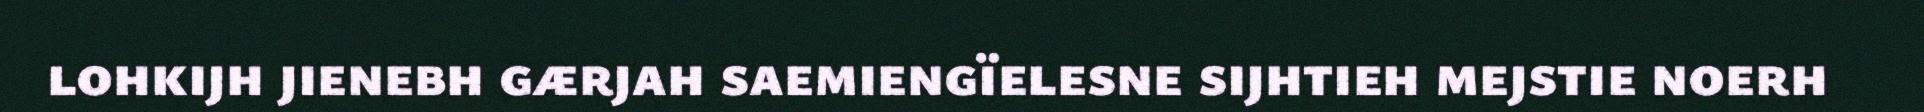
lohkijh jienebh gærjah saemiengïelesne sijhtieh mejstie noerh